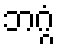
ဘဂ္ဂံ